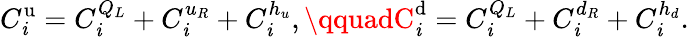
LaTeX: C_{\mathit{i}}^{\mathrm{{u}}}=C_{\mathit{i}}^{Q_{L}}+C_{\mathit{i}}^{u_{R}}+C_{\mathit{i}}^{h_{u}},\qquadC_{\mathit{i}}^{\mathrm{{d}}}=C_{\mathit{i}}^{Q_{L}}+C_{\mathit{i}}^{d_{R}}+C_{\mathit{i}}^{h_{d}}.